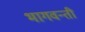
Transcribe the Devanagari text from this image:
भागवन्ती